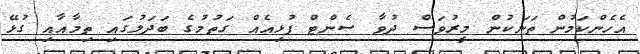
އެހެންކަމުން ތަނަކުން މީރުވަސް ދުވާ ސެންޓް ފުޅިއެއް ގަތުމުގެ ބަދަލުގައި ތިމާއާއި ގުޅޭ